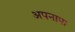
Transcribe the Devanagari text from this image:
अपनापा